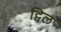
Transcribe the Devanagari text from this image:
ट्विल